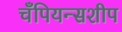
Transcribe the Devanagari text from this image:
चँपियन्सशीप